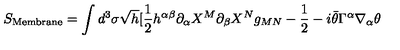
S _ { \mathrm { \tiny { M e m b r a n e } } } = \int d ^ { 3 } \sigma \sqrt { h } [ \frac { 1 } { 2 } h ^ { \alpha \beta } \partial _ { \alpha } X ^ { M } \partial _ { \beta } X ^ { N } g _ { M N } - \frac { 1 } { 2 } - i \bar { \theta } \Gamma ^ { \alpha } \nabla _ { \alpha } \theta